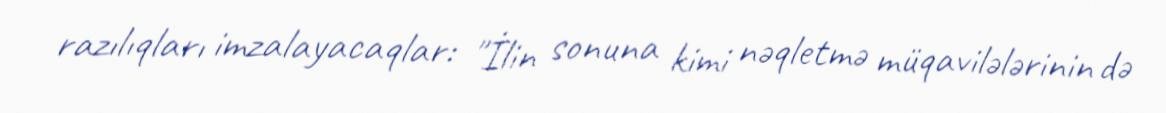
razılıqları imzalayacaqlar: "İlin sonuna kimi nəqletmə müqavilələrinin də